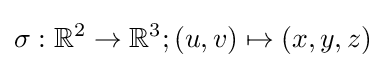
\sigma :\mathbb {R} ^{2}\rightarrow \mathbb {R} ^{3};(u,v)\mapsto (x,y,z)